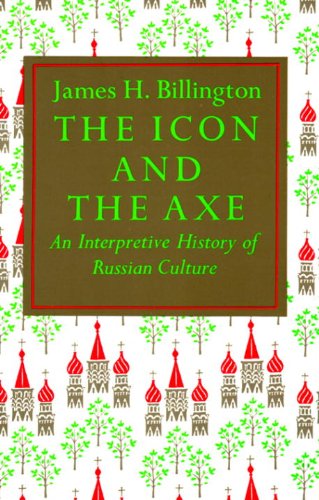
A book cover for The Icon and the Axe: An Interpretative History of Russian Culture (Vintage); James H. Billington; Travel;